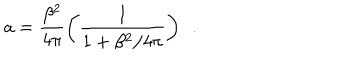
LaTeX: a = \frac { \beta ^ { 2 } } { 4 \pi } \left( \frac { 1 } { 1 + \beta ^ { 2 } / 4 \pi } \right) \, \, \, .